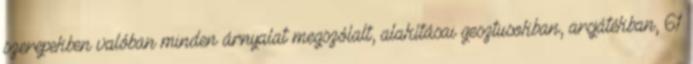
szerepekben valóban minden árnyalat megszólalt, alakításai gesztusokban, arcjátékban, 61